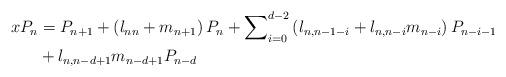
LaTeX: \begin{align*}xP_{n} & =P_{n+1}+\left( l_{nn}+m_{n+1}\right) P_{n}+\sum\nolimits_{i=0}^{d-2}\left( l_{n,n-1-i}+l_{n,n-i}m_{n-i}\right)P_{n-i-1}\\&+l_{n,n-d+1}m_{n-d+1}P_{n-d}\end{align*}